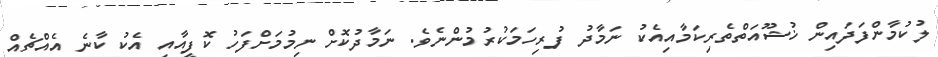
ލުކުމާންފަދައިން ޚުޝޫއަތްތެރިކަމާއިއެކު ނަމާދު ފުރިހަމަކުރުމުންނެވެ. ނަމާދުކޮށް ނިމުމަށްފަހު ކޮފީއާއި އެކު ކާނެ އެއްޗެއް